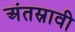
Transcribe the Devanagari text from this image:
अंतस्रावी